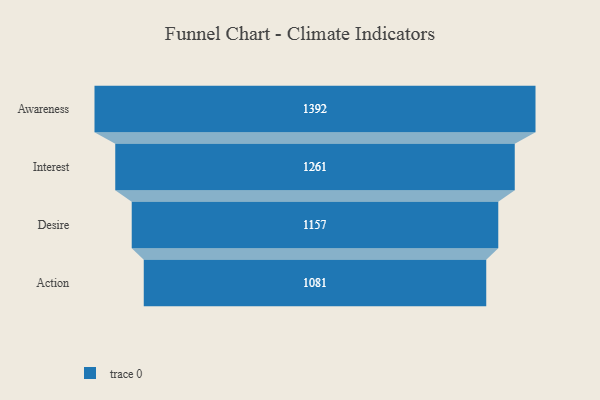
{"axis": {"x": "Stage", "y": "Value"}, "legend": [""], "data": [{"x": "Awareness", "y": 1392.0, "type": ""}, {"x": "Interest", "y": 1261.0, "type": ""}, {"x": "Desire", "y": 1157.0, "type": ""}, {"x": "Action", "y": 1081.0, "type": ""}]}